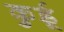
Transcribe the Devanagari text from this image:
कुर्डू